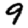
Digit: 9